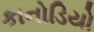
કાનોડિયો